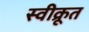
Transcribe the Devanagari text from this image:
स्वीक्रूत